Vaccination in Bombay 1863-1868 - 1863-1868
Year: 1863
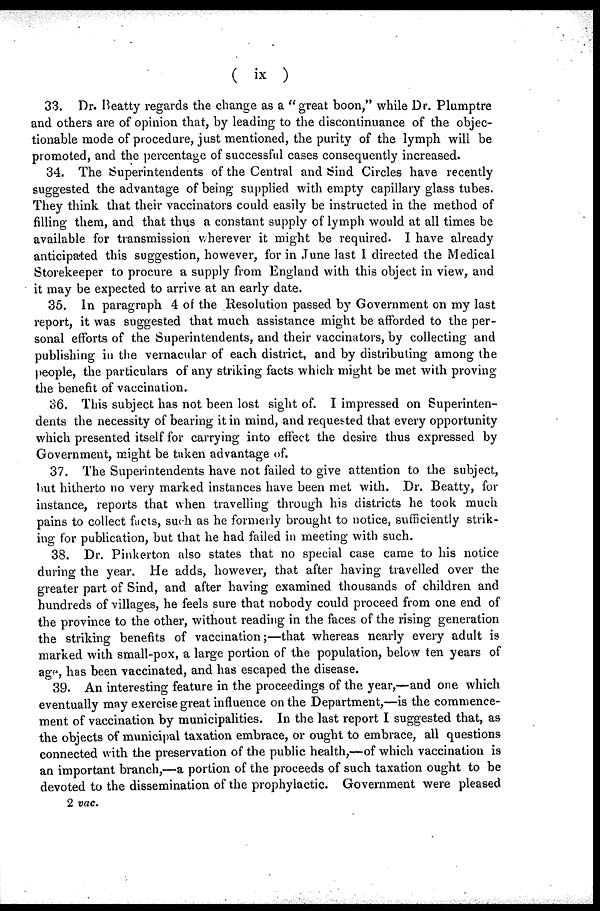
( ix )
33. Dr. Beatty regards the change as a "great boon," while Dr. Plumptre
and others are of opinion that, by leading to the discontinuance of the objec-
tionable mode of procedure, just mentioned, the purity of the lymph will be
promoted, and the percentage of successful cases consequently increased.
34. The Superintendents of the Central and Sind Circles have recently
suggested the advantage of being supplied with empty capillary glass tubes.
They think that their vaccinators could easily be instructed in the method of
filling them, and that thus a constant supply of lymph would at all times be
available for transmission wherever it might be required. I have already
anticipated this suggestion, however, for in June last I directed the Medical
Storekeeper to procure a supply from England with this object in view, and
it may be expected to arrive at an early date.
35. In paragraph 4 of the Resolution passed by Government on my last
report, it was suggested that much assistance might be afforded to the per-
sonal efforts of the Superintendents, and their vaccinators, by collecting and
publishing in the vernacular of each district, and by distributing among the
people, the particulars of any striking facts which might be met with proving
the benefit of vaccination.
36. This subject has not been lost sight of. I impressed on Superinten-
dents the necessity of bearing it in mind, and requested that every opportunity
which presented itself for carrying into effect the desire thus expressed by
Government, might be taken advantage of.
37. The Superintendents have not failed to give attention to the subject,
but hitherto no very marked instances have been met with. Dr. Beatty, for
instance, reports that when travelling through his districts he took much
pains to collect facts, such as he formerly brought to notice, sufficiently strik-
ing for publication, but that he had failed in meeting with such.
38. Dr. Pinkerton also states that no special case came to his notice
during the year. He adds, however, that after having travelled over the
greater part of Sind, and after having examined thousands of children and
hundreds of villages, he feels sure that nobody could proceed from one end of
the province to the other, without reading in the faces of the rising generation
the striking benefits of vaccination;—that whereas nearly every adult is
marked with small-pox, a large portion of the population, below ten years of
age, has been vaccinated, and has escaped the disease.
39. An interesting feature in the proceedings of the year,—and one which
eventually may exercise great influence on the Department,—is the commence-
ment of vaccination by municipalities. In the last report I suggested that, as
the objects of municipal taxation embrace, or ought to embrace, all questions
connected with the preservation of the public health,—of which vaccination is
an important branch,—a portion of the proceeds of such taxation ought to be
devoted to the dissemination of the prophylactic. Government were pleased
2 vac.